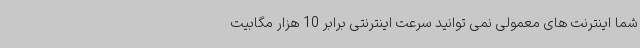
شما اینترنت های معمولی نمی توانید سرعت اینترنتی برابر 10 هزار مگابیت